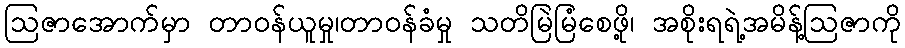
ဩဇာအောက်မှာ တာဝန်ယူမှု၊တာဝန်ခံမှု သတိမြဲမြံစေဖို့၊ အစိုးရရဲ့အမိန့်ဩဇာကို